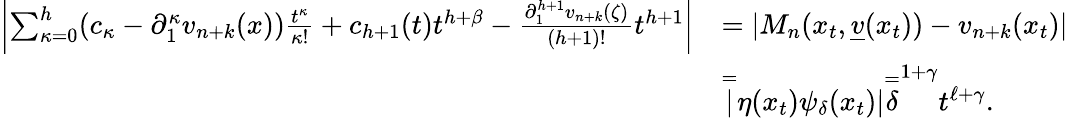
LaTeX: \begin{array}{rl}{\left|\sum_{\kappa=0}^{h}(c_{\kappa}-\partial_{1}^{\kappa}v_{n+k}(x))\frac{t^{\kappa}}{\kappa!}+c_{h+1}(t)t^{h+\beta}-\frac{\partial_{1}^{h+1}v_{n+k}(\zeta)}{(h+1)!}t^{h+1}\right|}&{=|M_{n}(x_{t},\underline{v}(x_{t}))-v_{n+k}(x_{t})|}\\ &{\overset{=}\lvert\eta(x_{t})\psi_{\delta}(x_{t})\rvert\overset{=}\delta^{1+\gamma}t^{\ell+\gamma}.}\end{array}